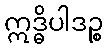
ဣဒ္ဓိပါဒဉ္စ